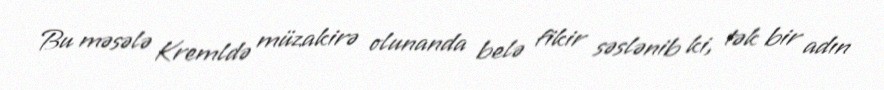
Bu məsələ Kremldə müzakirə olunanda belə fikir səslənib ki, tək bir adın